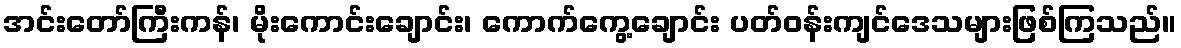
အင်းတော်ကြီးကန်၊ မိုးကောင်းချောင်း၊ ကောက်ကွေ့ချောင်း ပတ်ဝန်းကျင်ဒေသများဖြစ်ကြသည်။